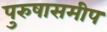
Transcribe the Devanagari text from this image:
पुरुषासमीप